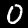
Digit: 0